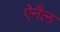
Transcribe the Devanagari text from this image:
ऐनैल